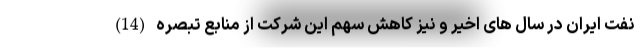
نفت ایران در سال های اخیر و نیز کاهش سهم این شرکت از منابع تبصره (14)